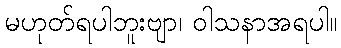
မဟုတ်ရပါဘူးဗျာ၊ ဝါသနာအရပါ။